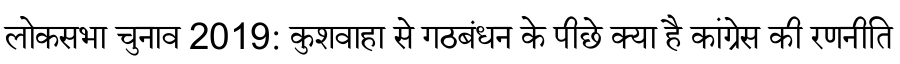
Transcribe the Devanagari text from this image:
लोकसभा चुनाव 2019: कुशवाहा से गठबंधन के पीछे क्या है कांग्रेस की रणनीति